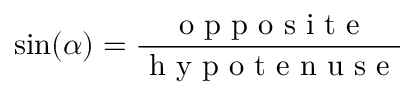
\sin ( \alpha ) = { \frac { \textrm { o p p o s i t e } } { \textrm { h y p o t e n u s e } } }